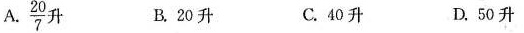
A.\frac{20}{7}升 B.20升 C.40升 D.50升